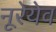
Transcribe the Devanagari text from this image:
नूरेयेव